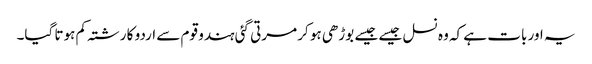
یہ اور بات ہے کہ وہ نسل جیسے جیسے بوڑھی ہو کر مرتی گئی ہندو قوم سے اردو کا رشتہ کم ہوتا گیا۔